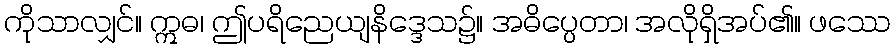
ကိုသာလျှင်။ ဣဓ၊ ဤပရိညေယျနိဒ္ဒေသ၌။ အဓိပ္ပေတာ၊ အလိုရှိအပ်၏။ ဖဿေ